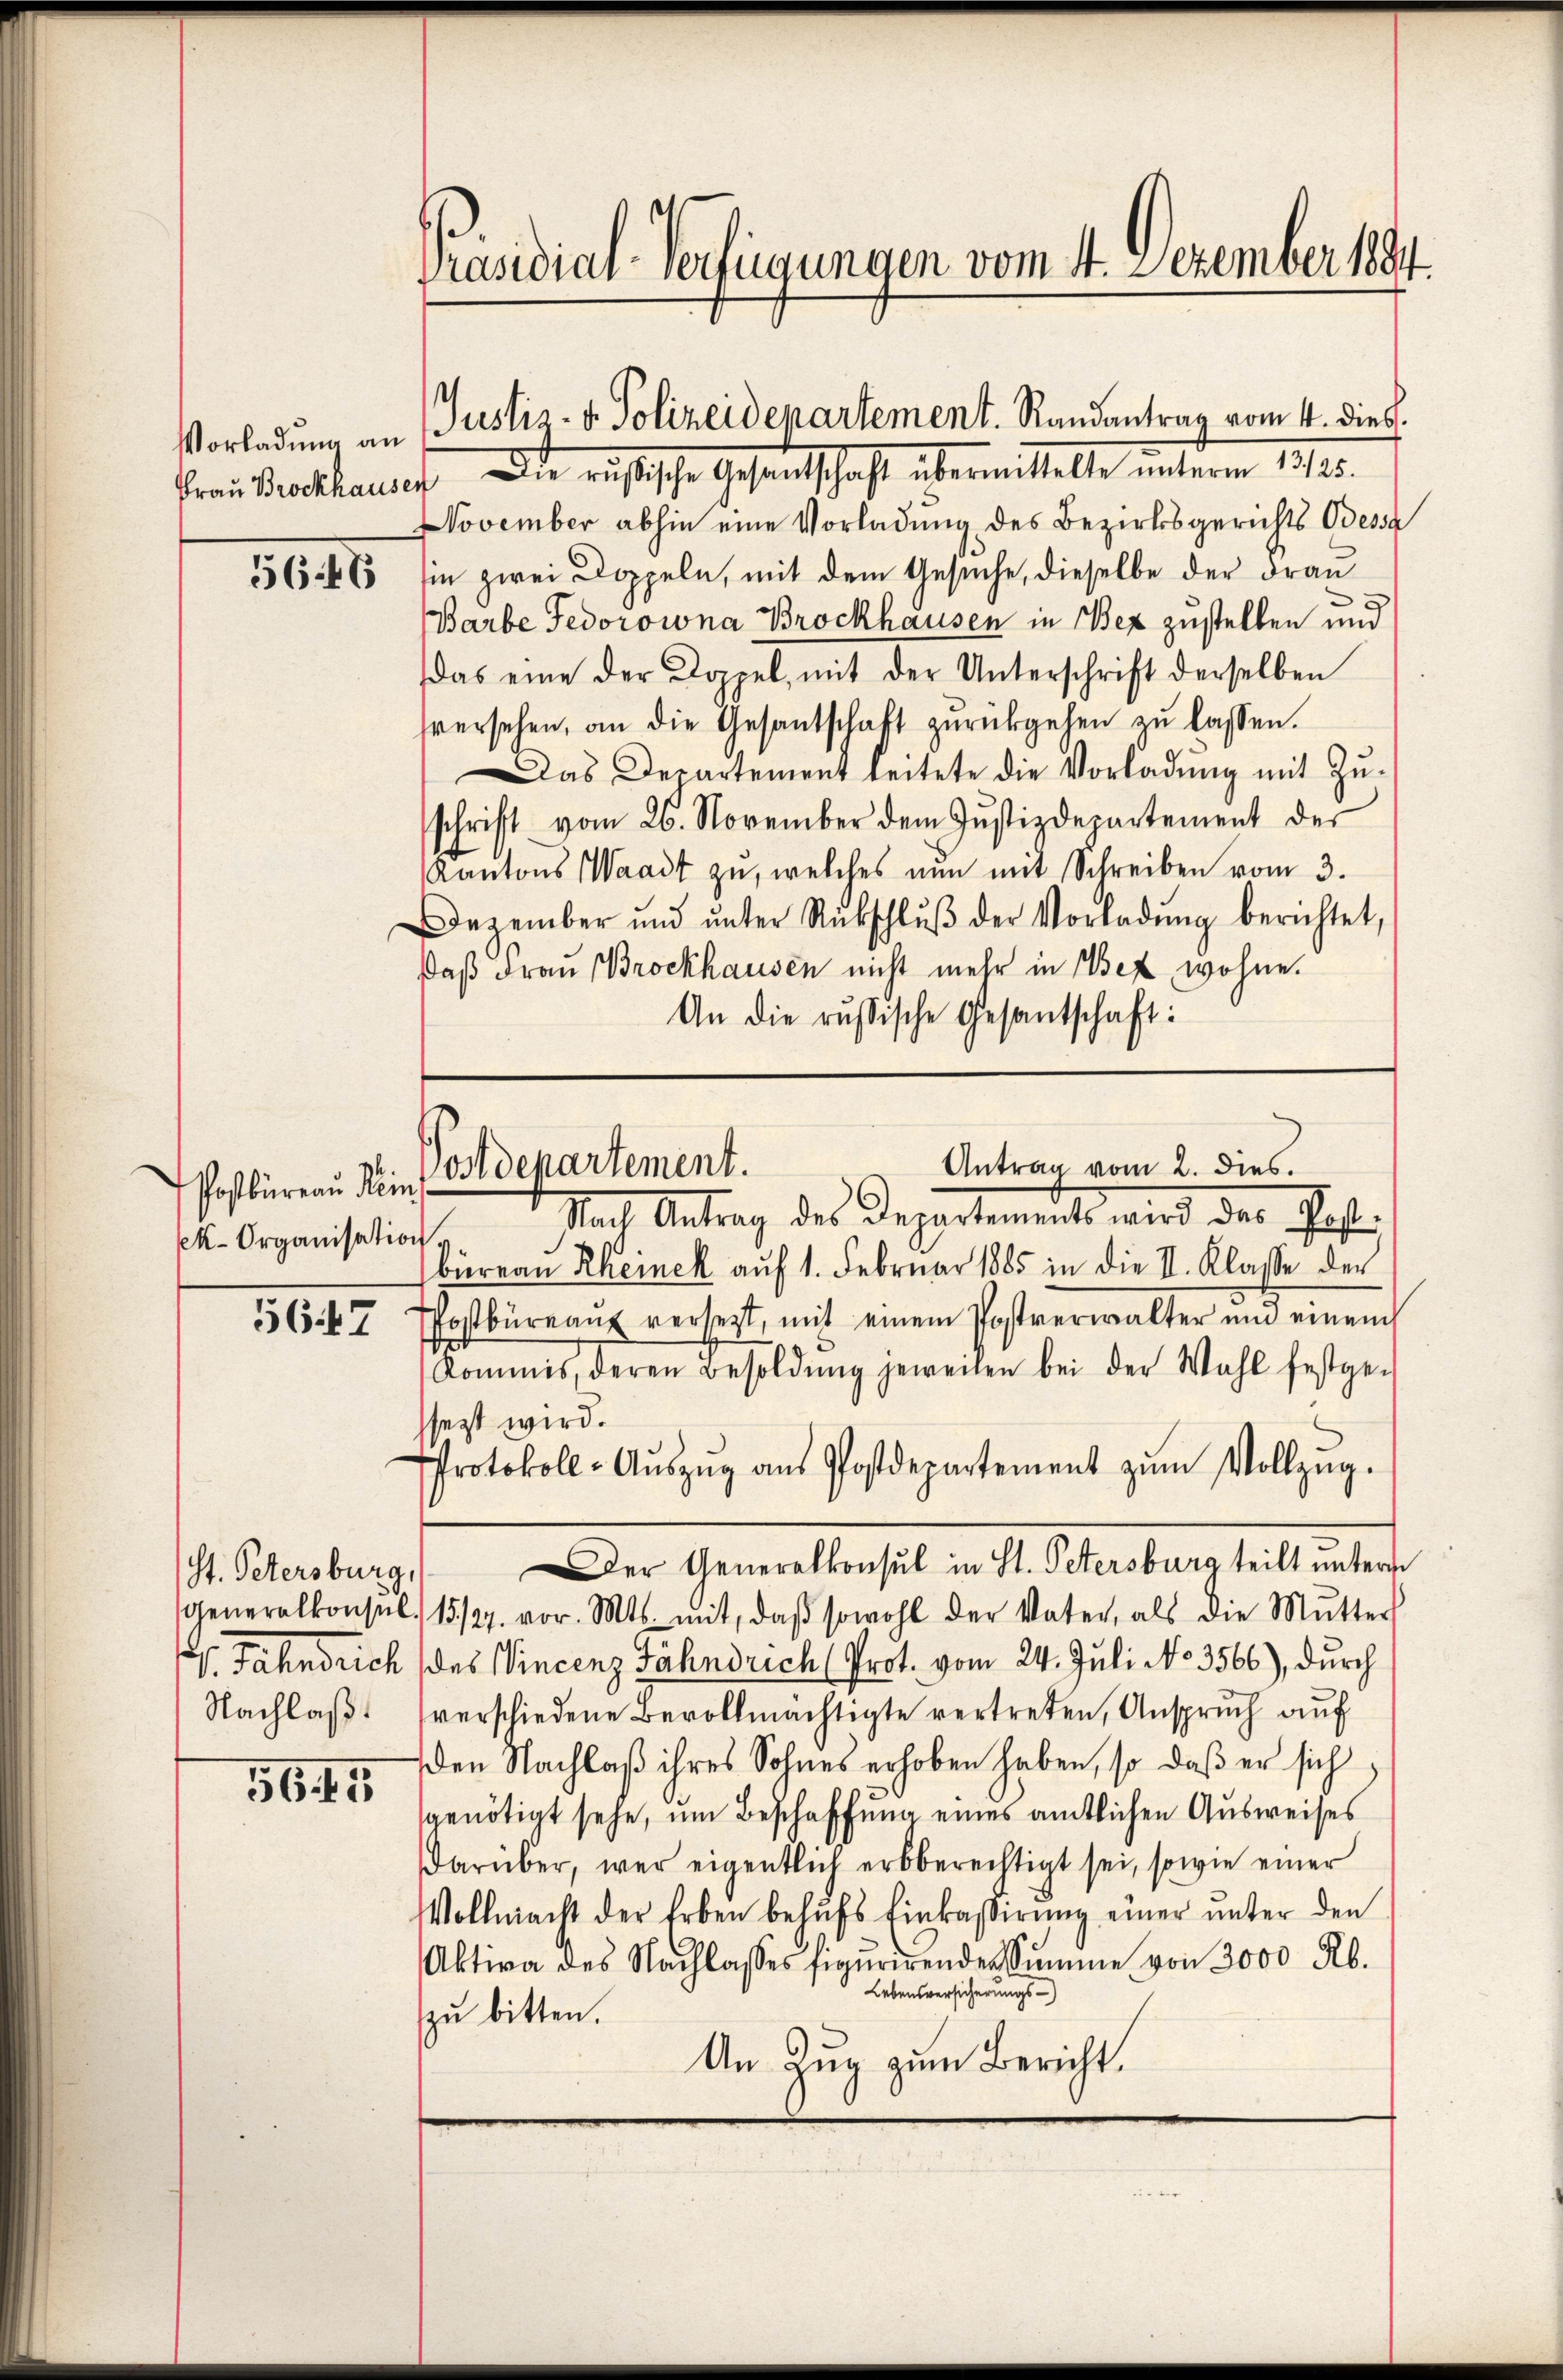
Vorladung an
Frau Brockhausen

Postbüreau Klein
k- Organisation,
5647

St. Petersburg,
Nachlaß.

5645

Präsidial-Vertigungen vom 4. Dezember 1891.

Justiz- u. Polizeidepartement. Randantrag vom 4. dies

Die rusische Gesandtschaft übermittelte unterm 13/25.
November abhin eine Vorladung des Bezirksgerichts Odessa
556. 46 in zwei Doppeln, mit dem Gesuche, dieselbe der Fran
Barbe Fedorowna Brockhausen in Bex zustellen und
das eine der Doppel, mit der Unterschrift derselben
sversehen, an die Gesantschaft zŭrückgehen zŭ lassen.
Das Departement leitete die Vorladung mit Zu-
schrift vom 26. November dem Justizdepartement der
Kantons Waadt zu, welches nun mit Schreiben vom 3.
Dezember ŭnd ŭnter Rückschlŭβ der Vorladŭng berichtet,
Daß Frau Brockhausen nicht mehr in Bez, wohne.
An die russische Gesantschaft:

Antrag vom 2. dies.
Postdepartement.

Nach Antrag des Departements wird der Gastbierean Rheinek auf 1. Februar 1885 in die II. Klasse der
Postbüreaŭ versetzt, mit einem Postverwalter und einem
Kommis, deren Besoldŭng jeweilen bei der Wahl festgen
ssezt wird.
Protokoll-Aŭszŭg aŭs Postdepartement zŭm Vollzŭg.
Generalkonsul 15/27. vor. Mts. mit, daβ sowohl der Vater, als die Mutter
V Fahndrich des Vincenz Fähnrich Prot. vom 24. Juli No 3566), durch
verschiedene Bevollmächtigte vertreten, Anspruch auf
den Nachlaß ihres Sohnes erhoben haben, so daß er sich
genötigt sehe, um Beschaffung eines amtlichen Ausweises
darüber, wer eigentlich erbberechtigt sei, sowie einer
Vollmacht der Erben behŭfs Einkaβirŭng einer ŭnter den
Aktive des Nachlasses figurirendes Sŭmme von 3000 Rb
Lebensversicherungs-
zu bitten.
An Zug zum Bericht.

Der Generalkonsul in St. Petersburg teilt untern